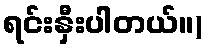
ရင်းနှီးပါတယ်။)